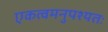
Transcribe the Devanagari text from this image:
एकत्वमनुपश्यतः